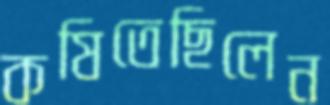
কষিতেছিলেন